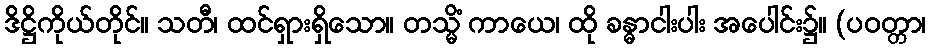
ဒိဋ္ဌိကိုယ်တိုင်။ သတီ၊ ထင်ရှားရှိသော။ တသ္မိံ ကာယေ၊ ထို ခန္ဓာငါးပါး အပေါင်း၌။ (ပဝတ္တာ၊